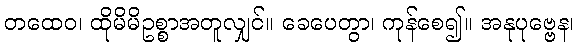
တထေဝ၊ ထိုမိမိဥစ္စာအတူလျှင်။ ခေပေတွာ၊ ကုန်စေ၍။ အနုပုဗ္ဗေန၊